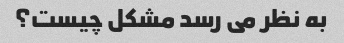
به نظر می رسد مشکل چیست؟